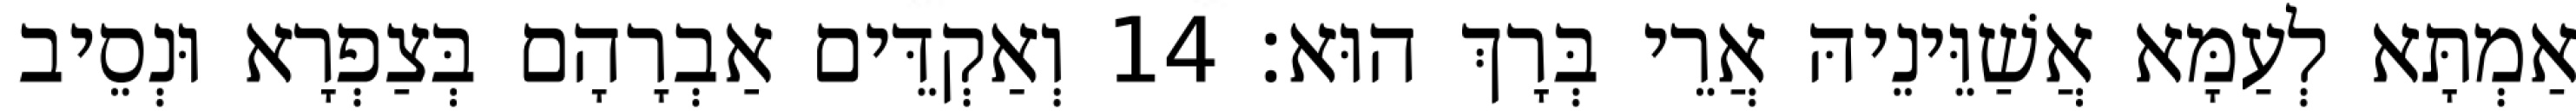
אַמְתָּא לְעַמָּא אֲשַׁוֵּינֵיהּ אֲרֵי בְּרָךְ הוּא׃ 14 וְאַקְדֵּים אַבְרָהָם בְּצַפְרָא וּנְסֵיב